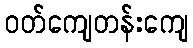
ဝတ်ကျေတန်းကျေ